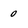
Character: 0